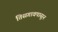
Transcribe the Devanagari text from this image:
तिसगावपासून